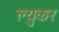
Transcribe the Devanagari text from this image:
ल्युकर